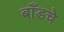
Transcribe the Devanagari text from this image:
बाँडचे